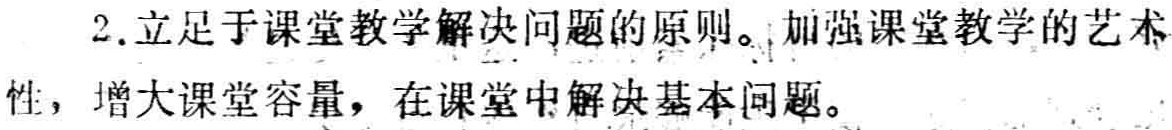
2.立足于课堂教学解决问题的原则。加强课堂教学的艺术性，增大课堂容量，在课堂中解决基本问题。